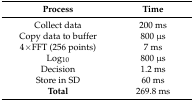
| Process | Time |
 | --- | --- |
 | Collect data | 200 ms |
 | Copy data to buffer | 800 μs |
 | 4×FFT (256 points) | 7 ms |
 | Log10 | 800 μs |
 | Decision | 1.2 ms |
 | Store in SD | 60 ms |
 | Total | 269.8 ms |